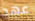
عهد